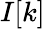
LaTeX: I[k]